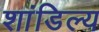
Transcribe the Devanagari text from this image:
शांडिल्‍य